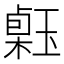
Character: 𤨗